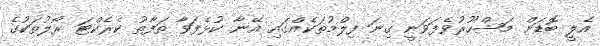
އެލީ ބޮޑަށް މަޝްހޫރުވެފަވަނީ ގިނަ ފިލްމުތަކެއްގައި އޭނާ ކުޅެފަވާ ތަފާތު ކެރެކްޓަ ރޯލުތަކުގެ